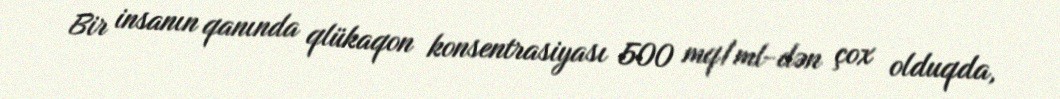
Bir insanın qanında qlükaqon konsentrasiyası 500 mq/ml-dən çox olduqda,